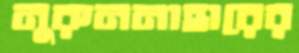
নুরুননাহারের